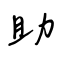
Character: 助